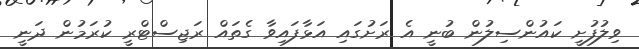
ވިލުފުށީ ކައުންސިލުން ބުނީ އެ ރަށުގައި އަޅާފައިވާ ގެތައް ރަޖިސްޓްރީ ކުރަމުން ދަނީ